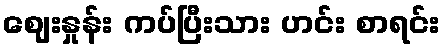
ဈေးနှုန်း ကပ်ပြီးသား ဟင်း စာရင်း